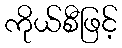
ကိုယ်စီဖြင့်